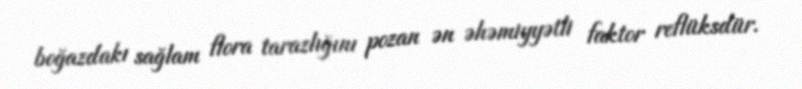
boğazdakı sağlam flora tarazlığını pozan ən əhəmiyyətli faktor reflüksdür.